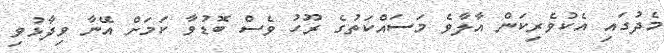
މެދުގައި އެކުވެރިކަން އާލާވެ މަސައްކަތުގެ ރޫހު ވެސް ބޮޑުވާ ކަމަށް އޭނާ ވިދާޅުވި